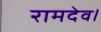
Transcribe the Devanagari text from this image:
रामदेव।